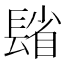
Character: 𨲓